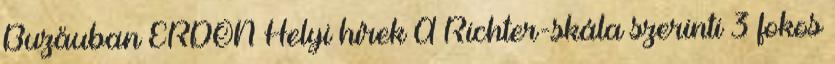
Buzăuban ERDON Helyi hírek A Richter-skála szerinti 3 fokos